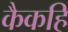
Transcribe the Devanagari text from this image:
कैकहि